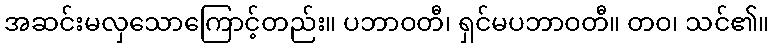
အဆင်းမလှသောကြောင့်တည်း။ ပဘာဝတီ၊ ရှင်မပဘာဝတီ။ တဝ၊ သင်၏။